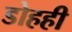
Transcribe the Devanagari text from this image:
डोहही